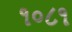
૧૦૮૧